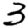
Digit: 3